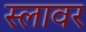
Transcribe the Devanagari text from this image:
स्लावर